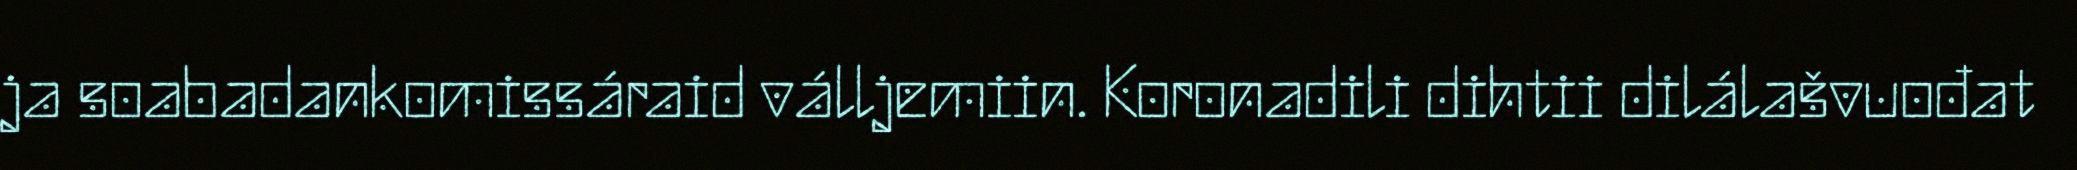
ja soabadankomissáraid válljemiin. Koronadili dihtii dilálašvuođat